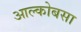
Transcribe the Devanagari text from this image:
आल्कोबसा